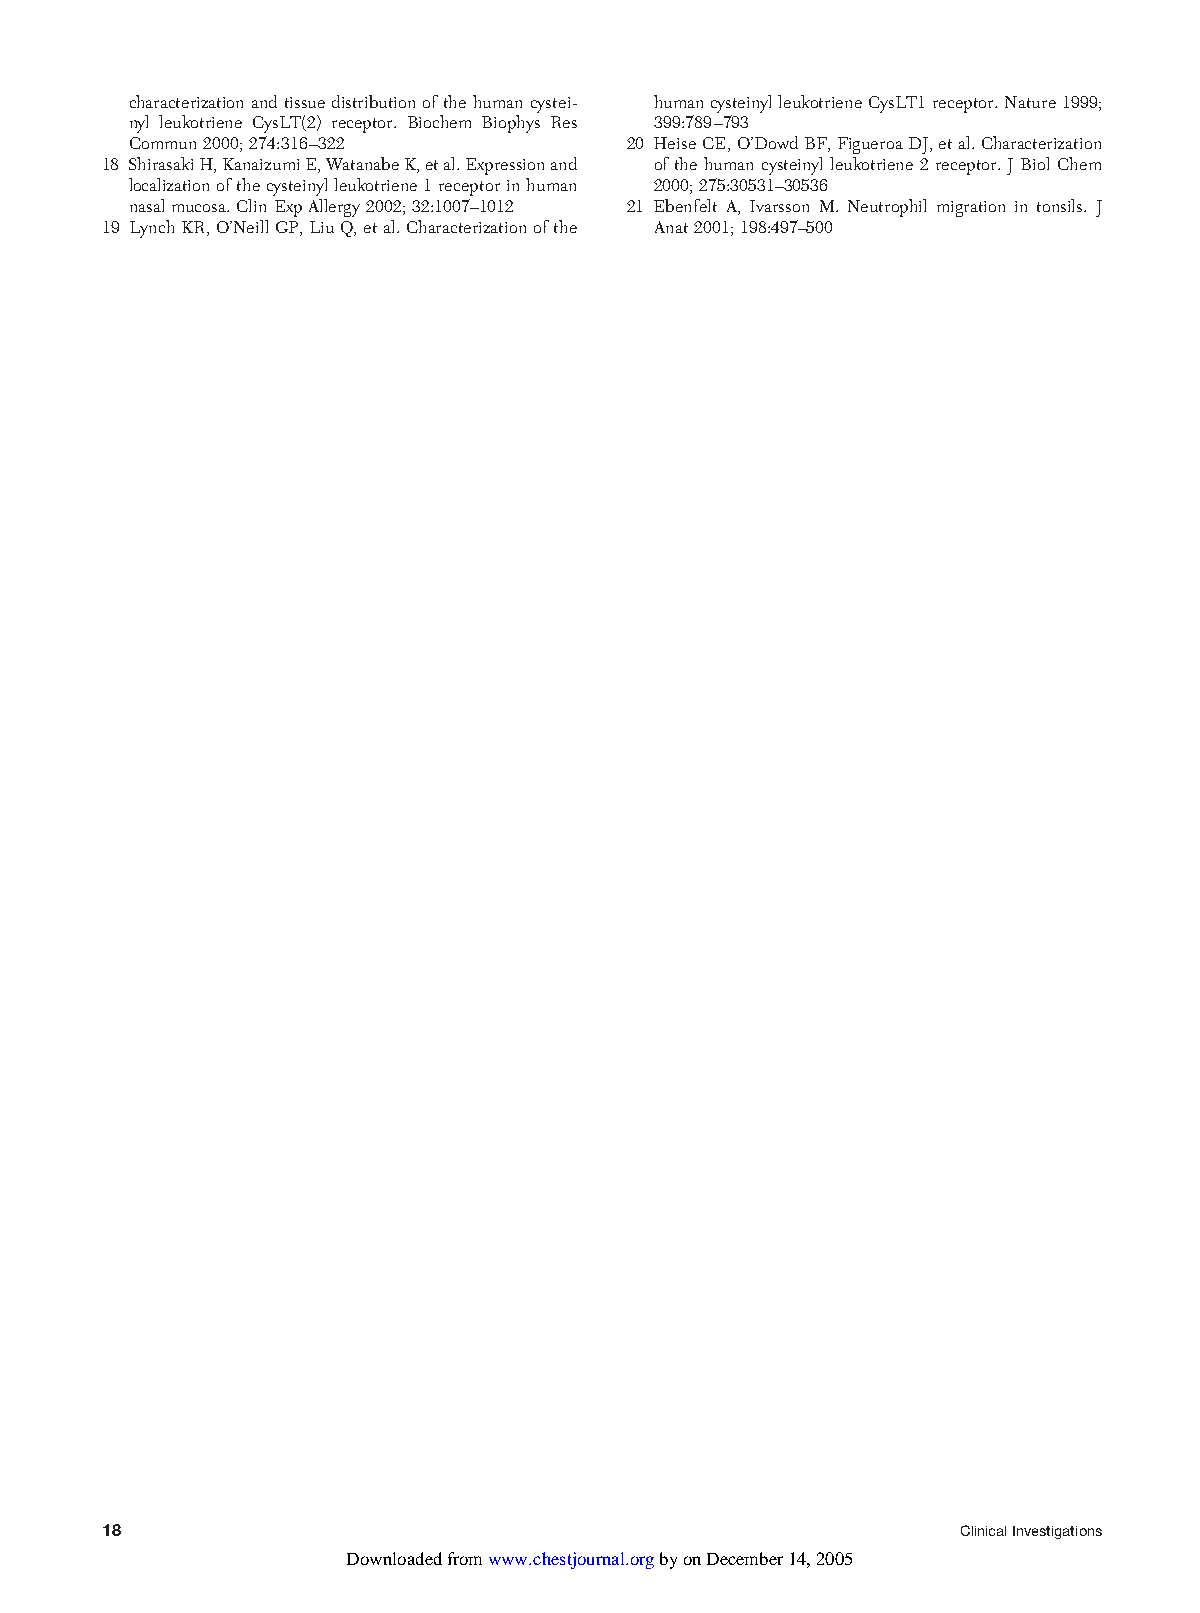
characterizationandtissuedistributionofthehumancystei- humancysteinylleukotrieneCysLT1receptor.Nature1999;
 nyl leukotriene CysLT(2) receptor. Biochem Biophys Res 399:789–793
 Commun2000;274:316–322           20 HeiseCE,O’DowdBF,FigueroaDJ,etal.Characterization
 18 ShirasakiH,KanaizumiE,WatanabeK,etal.Expressionand of the human cysteinyl leukotriene 2 receptor. J Biol Chem
 localizationofthecysteinylleukotriene1receptorinhuman 2000;275:30531–30536
 nasalmucosa.ClinExpAllergy2002;32:1007–1012 21 Ebenfelt A, Ivarsson M. Neutrophil migration in tonsils. J
 19 LynchKR,O’NeillGP,LiuQ,etal.Characterizationofthe Anat2001;198:497–500
 18                                                       ClinicalInvestigations
 Downloaded from www.chestjournal.org by on December 14, 2005